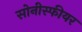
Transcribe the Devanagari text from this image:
सोनीस्फीयर